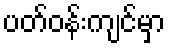
ပတ်ဝန်းကျင်မှာ